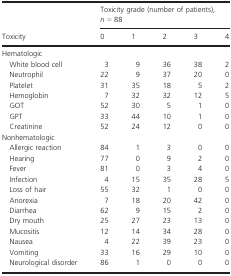
<table><thead><tr><td></td><td colspan="5"><b>Toxicity grade (number of patients), <i>n</i> = 88</b></td></tr><tr><td><b>Toxicity</b></td><td><b>0</b></td><td><b>1</b></td><td><b>2</b></td><td><b>3</b></td><td><b>4</b></td></tr></thead><tbody><tr><td colspan="6">Hematologic</td></tr><tr><td> White blood cell</td><td>3</td><td>9</td><td>36</td><td>38</td><td>2</td></tr><tr><td> Neutrophil</td><td>22</td><td>9</td><td>37</td><td>20</td><td>0</td></tr><tr><td> Platelet</td><td>31</td><td>35</td><td>18</td><td>5</td><td>2</td></tr><tr><td> Hemoglobin</td><td>7</td><td>32</td><td>32</td><td>12</td><td>5</td></tr><tr><td> GOT</td><td>52</td><td>30</td><td>5</td><td>1</td><td>0</td></tr><tr><td> GPT</td><td>33</td><td>44</td><td>10</td><td>1</td><td>0</td></tr><tr><td> Creatinine</td><td>52</td><td>24</td><td>12</td><td>0</td><td>0</td></tr><tr><td colspan="6">Nonhematologic</td></tr><tr><td> Allergic reaction</td><td>84</td><td>1</td><td>3</td><td>0</td><td>0</td></tr><tr><td> Hearing</td><td>77</td><td>0</td><td>9</td><td>2</td><td>0</td></tr><tr><td> Fever</td><td>81</td><td>0</td><td>3</td><td>4</td><td>0</td></tr><tr><td> Infection</td><td>4</td><td>15</td><td>35</td><td>28</td><td>5</td></tr><tr><td> Loss of hair</td><td>55</td><td>32</td><td>1</td><td>0</td><td>0</td></tr><tr><td> Anorexia</td><td>7</td><td>18</td><td>20</td><td>42</td><td>0</td></tr><tr><td> Diarrhea</td><td>62</td><td>9</td><td>15</td><td>2</td><td>0</td></tr><tr><td> Dry mouth</td><td>25</td><td>27</td><td>23</td><td>13</td><td>0</td></tr><tr><td> Mucositis</td><td>12</td><td>14</td><td>34</td><td>28</td><td>0</td></tr><tr><td> Nausea</td><td>4</td><td>22</td><td>39</td><td>23</td><td>0</td></tr><tr><td> Vomiting</td><td>33</td><td>16</td><td>29</td><td>10</td><td>0</td></tr><tr><td> Neurological disorder</td><td>86</td><td>1</td><td>0</td><td>0</td><td>0</td></tr></tbody></table>